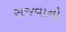
સજવાનો